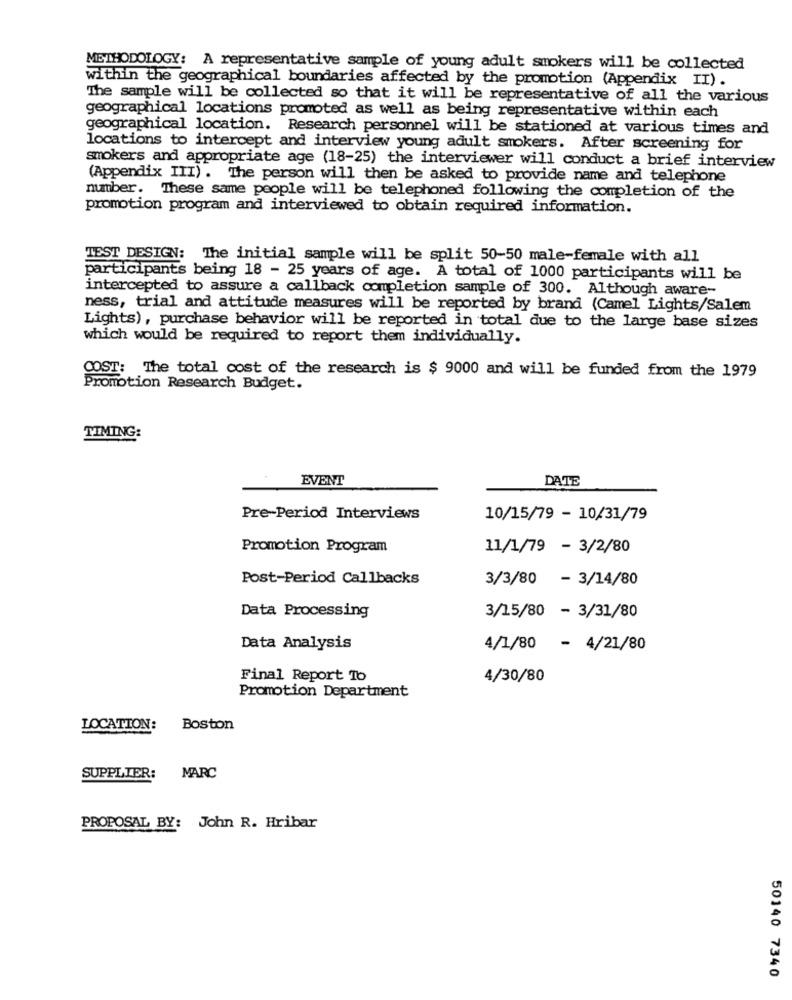
METHODOLOGY: A representative sample of young adult smokers will be collected
within the geographical boundaries affected by the promotion (Appendix II).
The sample will be collected so that it will be representative of all the various
geographical locations promoted as well as being representative within each
geographical location. Research personnel will be stationed at various times and
locations to intercept and interview young adult smokers. After screening for
smokers and appropriate age (18-25) the interviewer will conduct a brief interview
(Appendix III) . The person will then be asked to provide name and telephone
number. These same people will be telephoned following the completion of the
promotion program and interviewed to obtain required information.
TEST DESIGN: The initial sample will be split 50-50 male-female with all
participants being 18 - 25 years of age. A total of 1000 participants will be
intercepted to assure a callback completion sample of 300. Although aware-
ness, trial and attitude measures will be reported by brand (Camel Lights/Salem
Lights), purchase behavior will be reported in total due to the large base sizes
which would be required to report them individually.
COST: The total cost of the research is $ 9000 and will be funded from the 1979
Promotion Research Budget.
TIMING:
EVENT
DATE
Pre-Period Interviews
10/15/79 - 10/31/79
Promotion Program
11/1/79 - 3/2/80
Post-Period Callbacks
3/3/80 - 3/14/80
Data Processing
3/15/80 - 3/31/80
Data Analysis
4/1/80 - 4/21/80
Final Report To
4/30/80
Promotion Department
LOCATION:
Boston
SUPPLIER: MARC
PROPOSAL BY: John R. Hribar
50140 7340